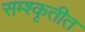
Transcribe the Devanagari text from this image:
सम्श्कृतीत